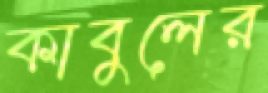
কাবুলের